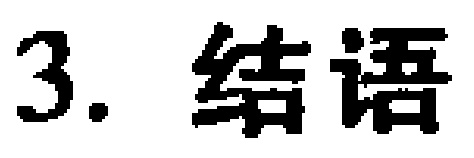
3. 结语